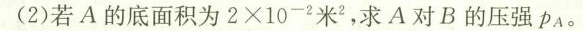
(2)若A的底面积为2×10^{2}米^{2}，求A对B的压强P_{A}。